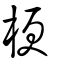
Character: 梗